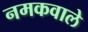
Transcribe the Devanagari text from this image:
नमकवाले